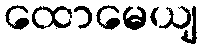
ထောမေယျ